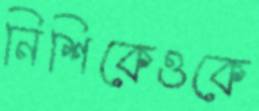
নিশিকেওকে